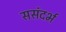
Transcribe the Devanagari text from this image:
ससंदर्भ